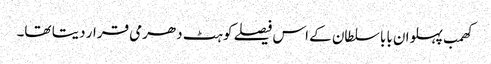
کھمب پہلوان بابا سلطان کے اس فیصلے کو ہٹ دھرمی قرار دیتا تھا۔